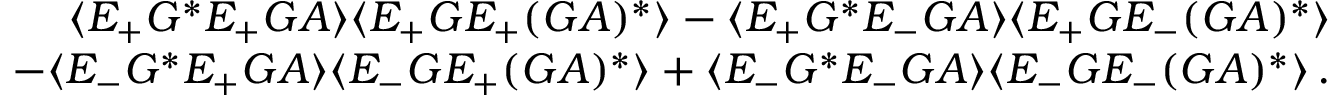
\begin{array} { r } { \langle E _ { + } G ^ { * } E _ { + } G A \rangle \langle E _ { + } G E _ { + } ( G A ) ^ { * } \rangle - \langle E _ { + } G ^ { * } E _ { - } G A \rangle \langle E _ { + } G E _ { - } ( G A ) ^ { * } \rangle } \\ { - \langle E _ { - } G ^ { * } E _ { + } G A \rangle \langle E _ { - } G E _ { + } ( G A ) ^ { * } \rangle + \langle E _ { - } G ^ { * } E _ { - } G A \rangle \langle E _ { - } G E _ { - } ( G A ) ^ { * } \rangle \, . } \end{array}